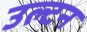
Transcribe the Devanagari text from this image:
उल्टन